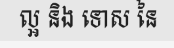
ល្អ និង ទោស នៃ